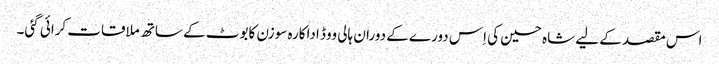
اس مقصد کے لیے شاہ حسین کی اِس دورے کے دوران ہالی ووڈ اداکارہ سوزن کابوٹ کے ساتھ ملاقات کرائی گئی۔